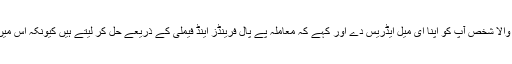
ہوتا یہ ہے کہ بیچنے والا شخص آپ کو اپنا ای میل ایڈریس دے اور کہے کہ معاملہ پے پال فرینڈز اینڈ فیملی کے ذریعے حل کر لیتے ہیں کیونکہ اس میں فیس لاگو نہیں ہوتی۔